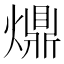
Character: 𤐣